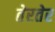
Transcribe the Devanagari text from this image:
तेरतेर